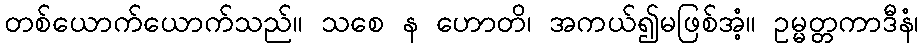
တစ်ယောက်ယောက်သည်။ သစေ န ဟောတိ၊ အကယ်၍မဖြစ်အံ့။ ဥမ္မတ္တကာဒီနံ၊